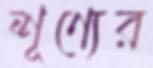
শূণ্যের